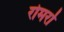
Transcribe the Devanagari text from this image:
रोमर्रा